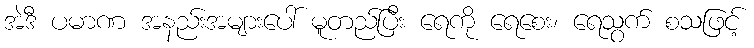
အဲဒီ ပမာဏ အနည်းအများပေါ် မူတည်ပြီး ရေကို ရေစေး၊ ရေသွက် စသဖြင့်